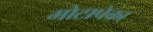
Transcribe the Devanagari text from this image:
मोटापेका